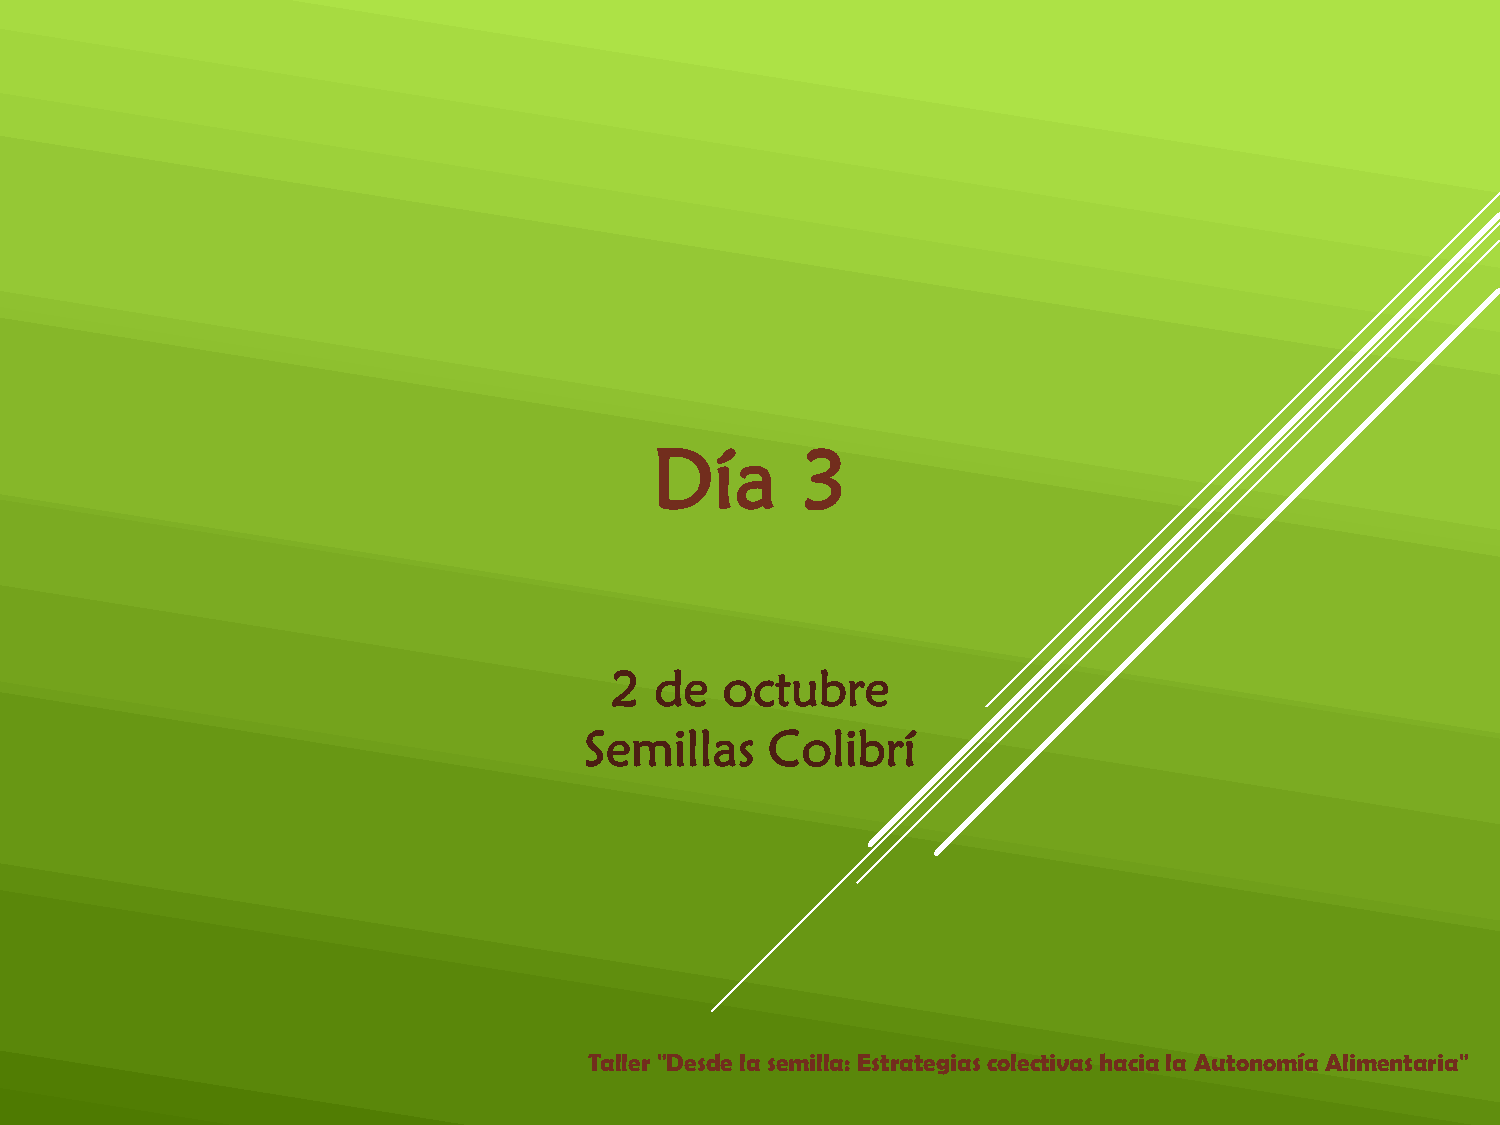
Día       3
 2  de   octubre
 Semillas    Colibrí
 Taller "Desde la semilla: Estrategias colectivas hacia la Autonomía Alimentaria"